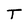
Character: T